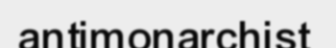
antimonarchist